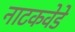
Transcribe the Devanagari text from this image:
नाटकवेडे